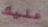
عليك